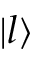
| l \rangle